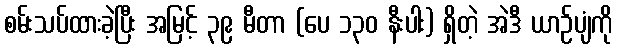
စမ်းသပ်ထားခဲ့ပြီး အမြင့် ၃၉ မီတာ (ပေ ၁၃၀ နီးပါး) ရှိတဲ့ အဲဒီ ယာဉ်ပျံကို